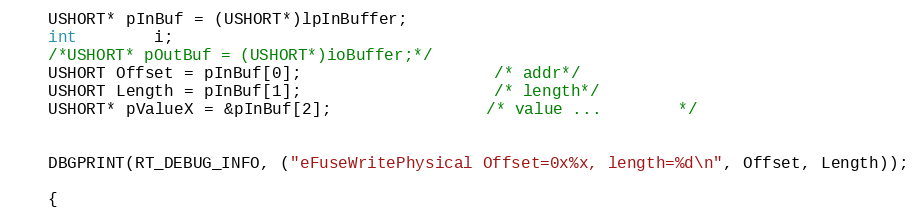
Language: C
	USHORT* pInBuf = (USHORT*)lpInBuffer;
	int 		i;
	/*USHORT* pOutBuf = (USHORT*)ioBuffer;*/
	USHORT Offset = pInBuf[0];					/* addr*/
	USHORT Length = pInBuf[1];					/* length*/
	USHORT* pValueX = &pInBuf[2];				/* value ...		*/

	DBGPRINT(RT_DEBUG_INFO, ("eFuseWritePhysical Offset=0x%x, length=%d\n", Offset, Length));

	{